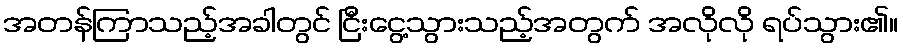
အတန်ကြာသည့်အခါတွင် ငြီးငွေ့သွားသည့်အတွက် အလိုလို ရပ်သွား၏။